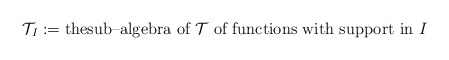
\begin{align*}\mathcal{T}_I :=\hbox{thesub--algebra of $\mathcal{T}$ of functions with support in $I$}\end{align*}